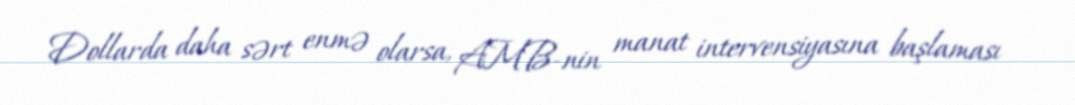
Dollarda daha sərt enmə olarsa, AMB-nin manat intervensiyasına başlaması